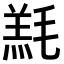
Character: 𣯇